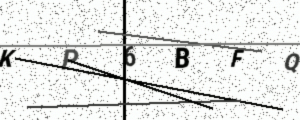
Text: KP6BFQ